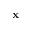
\textbf { x }